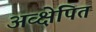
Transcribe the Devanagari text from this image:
अव्क्षेपित